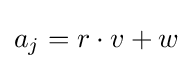
a_{j}=r\cdot v+w